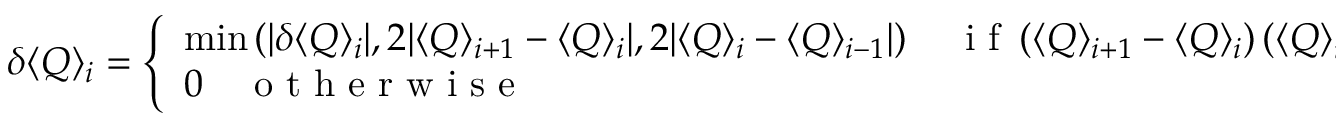
\delta \langle Q \rangle _ { i } = \left\{ \begin{array} { l l } { \mathrm { m i n } \left( | \delta \langle Q \rangle _ { i } | , 2 | \langle Q \rangle _ { i + 1 } - \langle Q \rangle _ { i } | , 2 | \langle Q \rangle _ { i } - \langle Q \rangle _ { i - 1 } | \right) \quad \mathrm { ~ i ~ f ~ } \left( \langle Q \rangle _ { i + 1 } - \langle Q \rangle _ { i } \right) \left( \langle Q \rangle _ { i } - \langle Q \rangle _ { i - 1 } \right) > 0 } \\ { 0 \quad \mathrm { ~ o ~ t ~ h ~ e ~ r ~ w ~ i ~ s ~ e ~ } } \end{array} \right. \, .